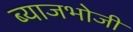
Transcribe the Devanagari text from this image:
ब्याजभोजी